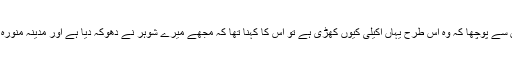
جب میں نے اس خاتون سے پوچھا کہ وہ اس طرح یہاں اکیلی کیوں کھڑی ہے تو اس کا کہنا تھا کہ مجھے میرے شوہر نے دھوکہ دیا ہے اور مدینہ منورہ میں تنہا چھوڑ دیا ہے۔